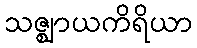
သဇ္ဈာယကိရိယာ